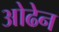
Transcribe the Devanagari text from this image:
ओढेन